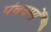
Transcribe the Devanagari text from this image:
पंचधर्मों